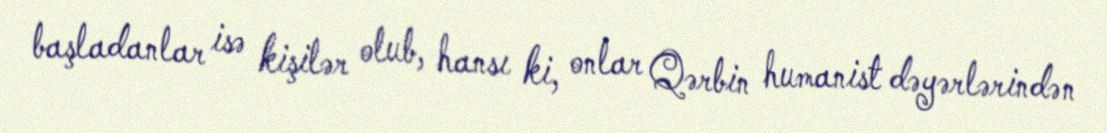
başladanlar isə kişilər olub, hansı ki, onlar Qərbin humanist dəyərlərindən